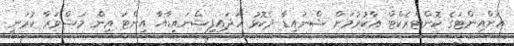
އަށްއިންޓަގެ ކޮންޓްރެކްޓް އާކުރުމަށް ޝްނައިޑާ ދެކޮޅު ހަދައިފިޝްނައިޑާއާ އިންޓަ އިން މަޝްވަރާ ކުރަނީ